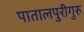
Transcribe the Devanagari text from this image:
पातालपुरीगुरु